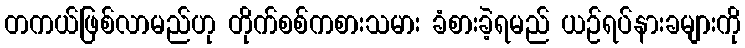
တကယ်ဖြစ်လာမည်ဟု တိုက်စစ်ကစားသမား ခံစားခဲ့ရမည် ယဉ်ရပ်နားခများကို